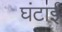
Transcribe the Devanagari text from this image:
घंटाई